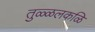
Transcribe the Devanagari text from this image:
तुळ्ळलकळि